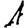
Digit: 1